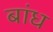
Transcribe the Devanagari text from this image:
बांध्‍ा